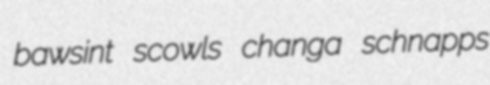
bawsint scowls changa schnapps